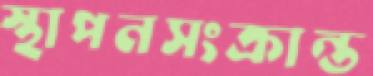
স্থাপনসংক্রান্ত